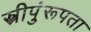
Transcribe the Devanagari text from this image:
स्त्रीपुंरूपता